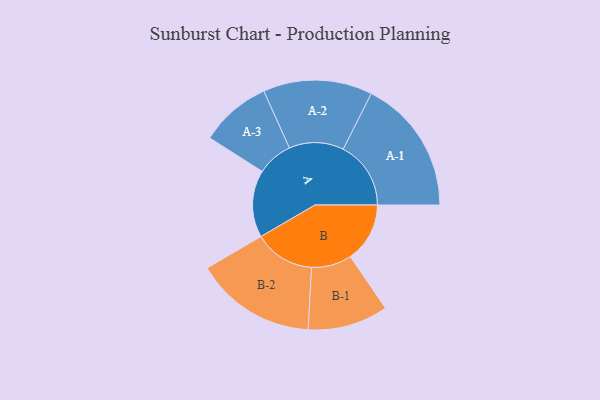
{"axis": {"x": "Segment", "y": "Value"}, "legend": ["", "A", "B"], "data": [{"x": "A", "y": 256, "type": ""}, {"x": "B", "y": 227, "type": ""}, {"x": "A-1", "y": 258, "type": "A"}, {"x": "A-2", "y": 208, "type": "A"}, {"x": "A-3", "y": 136, "type": "A"}, {"x": "B-1", "y": 153, "type": "B"}, {"x": "B-2", "y": 231, "type": "B"}]}